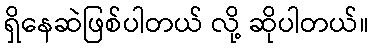
ရှိနေဆဲဖြစ်ပါတယ် လို့ ဆိုပါတယ်။